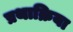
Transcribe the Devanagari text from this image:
प्रथाक्रिया